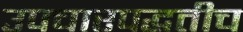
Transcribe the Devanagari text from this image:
उपचारपद्धतीच